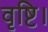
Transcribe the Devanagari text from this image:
वृष्टि।